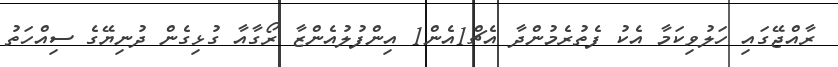
ރާއްޖޭގައި ހަލުވިކަމާ އެކު ފެތުރެމުންދާ އެޗް1އެން1 އިންފުލުއެންޒާ ރޯގާއާ ގުޅިގެން ދުނިޔޭގެ ސިއްހަތު